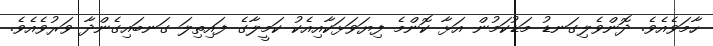
ހާމަވެއެވެ. ދޮންވެލިގަނޑު މަޑުކަމުން އަޅާ ކޮންމެ ފިޔަވަޅަކާއިއެކު ކަމީލާގެ ފައިތިލަ ގަނބައިގެންދާ ވަރުވެއެވެ.